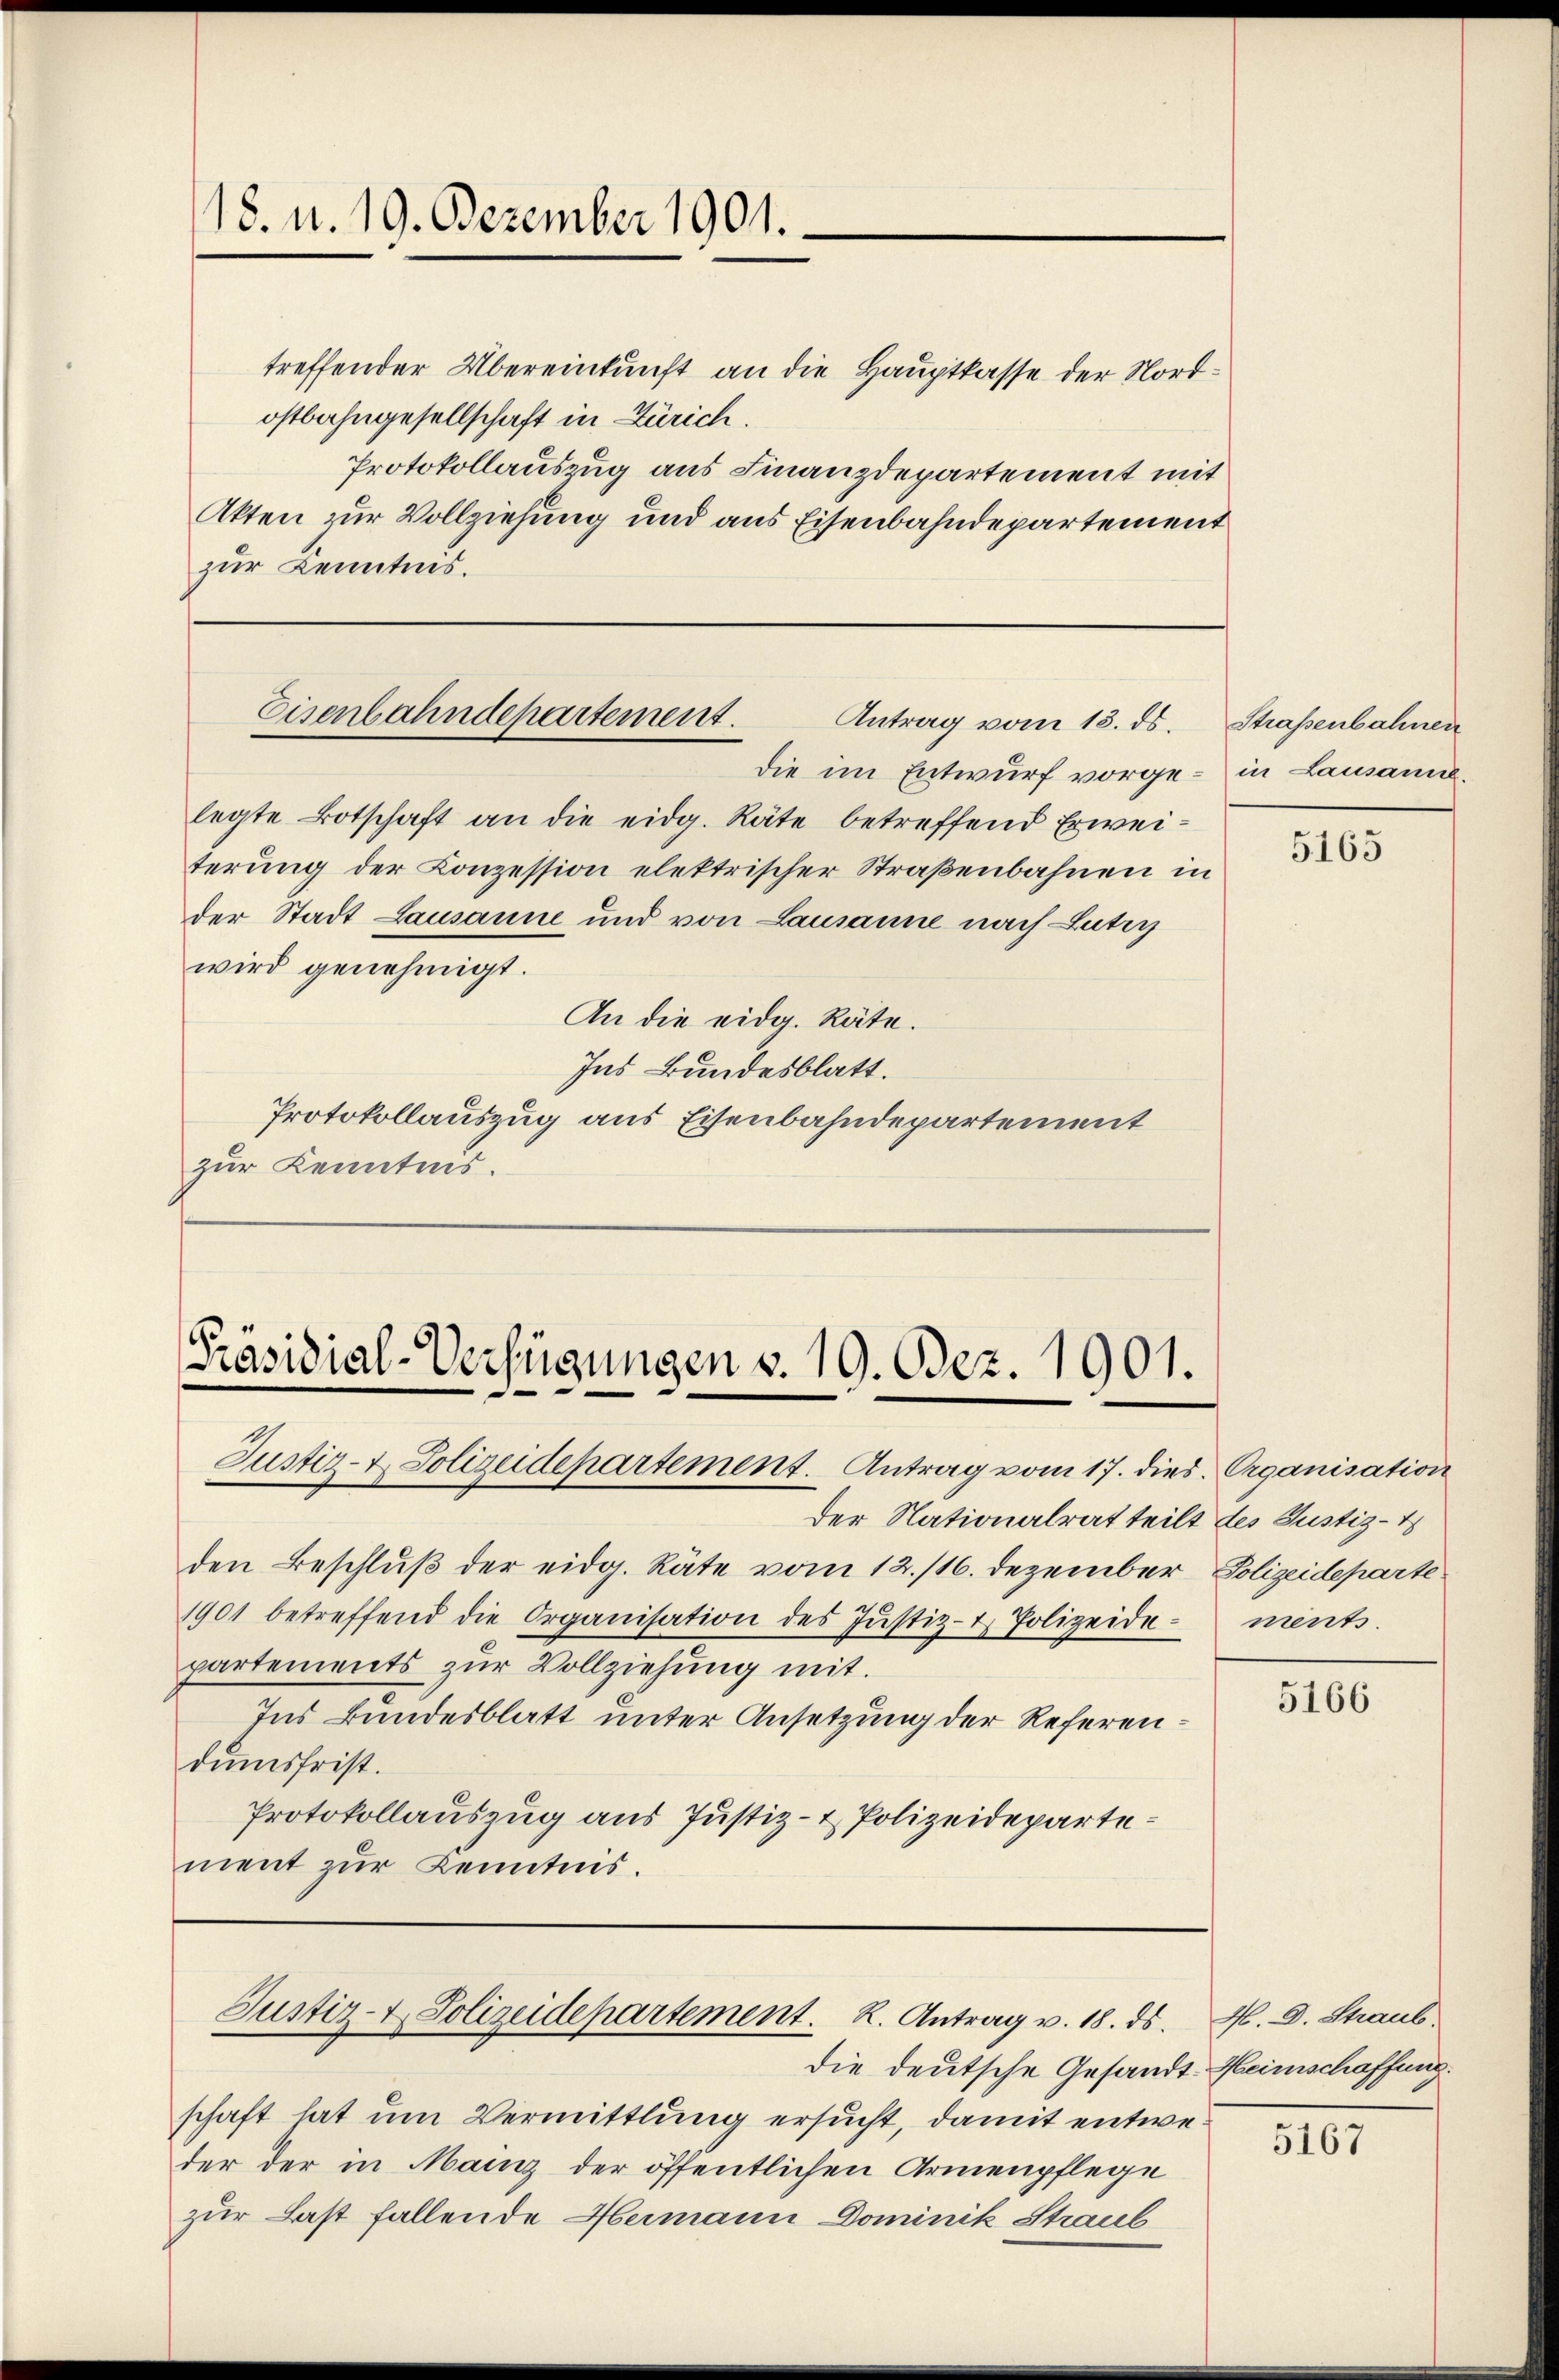
18. u. 19. Dezember 1901.

treffender Übereinkunft an die Hauptkasse der Nordostbahngesellschaft in Zürich.
Protokollauszug aus Finanzdepartement mit
Akten zur Vollziehung und aus Eisenbahndepartement
zur Kenntnis.

die im Entwurf vorgelegte Botschaft an die eidg. Räte betreffend Erweiterung der Conzession elektrischer Straßenbahnen in
der Stadt Lausanne und von Lausanne nach Lutry
wird genehmigt.
An die eidg. Räte.
Ins Bundesblatt.
Protokollauszug aus Eisenbahndepartement
zur Kenntnis.

Eisenbahndepartement.
Antrag vom 13. ds.

Präsidial-Verfügungen v. 19. Dez. 1901.
Justiz- & Polizeidepartement. Antrag vom 17. dies Organisation

der Nationalrat teilt des Justiz-
den Beschluß der eidg. Räte vom 12./16. Dezember Polizeideparte¬
1901 betreffend die Organisation des Jŭstiz- & Polizeide ments.
partements zur Vollziehung mit.
Ins Bundesblatt unter Ansetzung der Referendumsfrist.
Protokollauszug aus Justiz- & Polizeidepartement zur Kenntnis.

die deutsche Gesandt-Heimschaffung.
schaft hat um Vermittlung ersucht, damit entweder der in Manz der öffentlichen Armenpflege
zur Last fallende Hermann Dominik Straul

Justiz- & Polizeidepartement. K. Antrag v. 18. ds.

Straßenbahnen
in Lausanne.

5165

5166

M. D. Straub.

5167